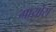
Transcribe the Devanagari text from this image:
गाय्रोस